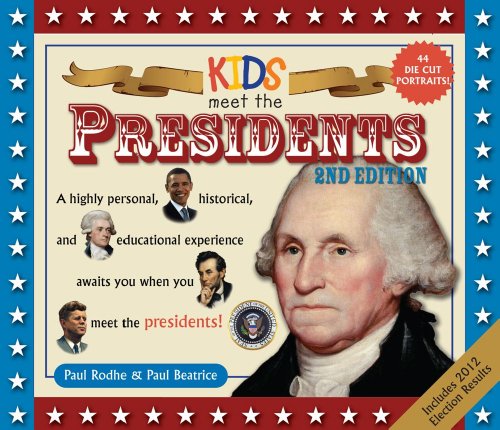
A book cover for Kids Meet the Presidents 2nd Edition; Paul Rodhe; Children's Books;